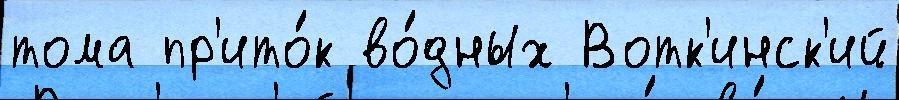
тома пр'ито́к во́дных Вотк'инск'ий